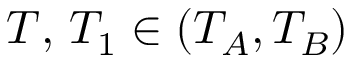
T , \, T _ { 1 } \in ( T _ { A } , T _ { B } )